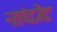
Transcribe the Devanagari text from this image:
नांदोद